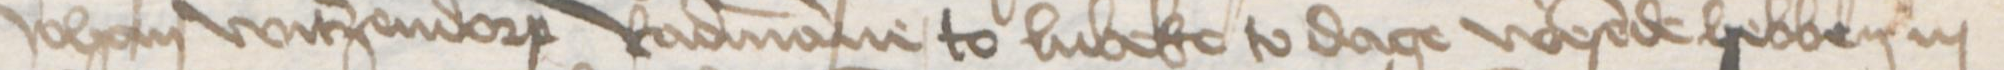
Transcription: Johan Witzendorp Radmanne to Lubeke to dage wesende hebben in